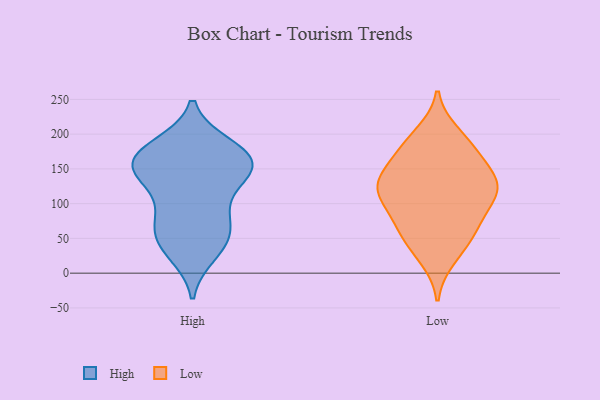
{"axis": {"x": "Production Output", "y": "Value"}, "legend": ["High", "Low"], "data": [{"x": "", "y": 64, "type": "High"}, {"x": "", "y": 38, "type": "High"}, {"x": "", "y": 181, "type": "High"}, {"x": "", "y": 28, "type": "High"}, {"x": "", "y": 168, "type": "High"}, {"x": "", "y": 78, "type": "High"}, {"x": "", "y": 100, "type": "High"}, {"x": "", "y": 173, "type": "High"}, {"x": "", "y": 154, "type": "High"}, {"x": "", "y": 153, "type": "High"}, {"x": "", "y": 70, "type": "High"}, {"x": "", "y": 146, "type": "High"}, {"x": "", "y": 147, "type": "High"}, {"x": "", "y": 45, "type": "High"}, {"x": "", "y": 130, "type": "High"}, {"x": "", "y": 183, "type": "High"}, {"x": "", "y": 154, "type": "High"}, {"x": "", "y": 189, "type": "Low"}, {"x": "", "y": 155, "type": "Low"}, {"x": "", "y": 179, "type": "Low"}, {"x": "", "y": 84, "type": "Low"}, {"x": "", "y": 121, "type": "Low"}, {"x": "", "y": 200, "type": "Low"}, {"x": "", "y": 138, "type": "Low"}, {"x": "", "y": 117, "type": "Low"}, {"x": "", "y": 62, "type": "Low"}, {"x": "", "y": 119, "type": "Low"}, {"x": "", "y": 167, "type": "Low"}, {"x": "", "y": 114, "type": "Low"}, {"x": "", "y": 37, "type": "Low"}, {"x": "", "y": 122, "type": "Low"}, {"x": "", "y": 22, "type": "Low"}, {"x": "", "y": 63, "type": "Low"}, {"x": "", "y": 127, "type": "Low"}, {"x": "", "y": 70, "type": "Low"}]}